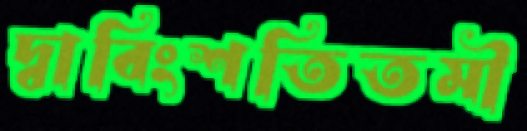
দ্বাবিংশতিতমী